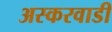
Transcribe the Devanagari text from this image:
अस्करवाडी